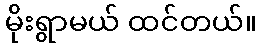
မိုးရွာမယ် ထင်တယ်။